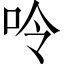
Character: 呤